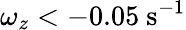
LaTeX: \omega_{z}<-0.05\ \mathrm{s^{-1}}